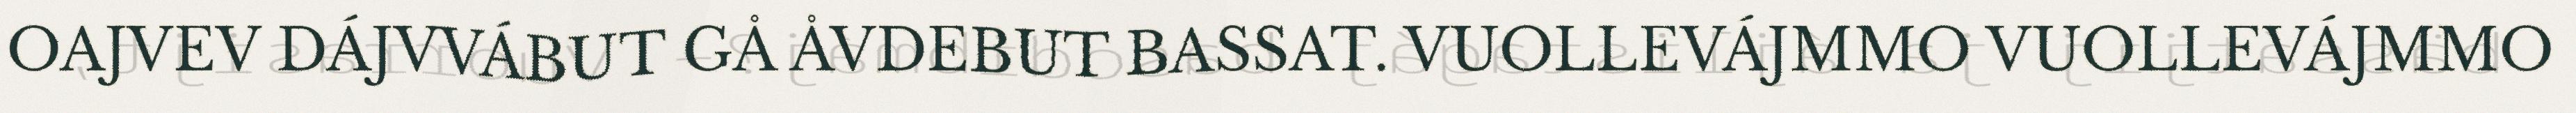
OAJVEV DÁJVVÁBUT GÅ ÅVDEBUT BASSAT. VUOLLEVÁJMMO VUOLLEVÁJMMO